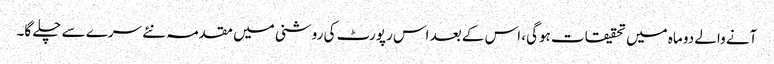
آنے والے دو ماہ میں تحقیقات ہوگی، اس کے بعد اس رپورٹ کی روشنی میں مقدمہ نئے سرے سے چلے گا۔